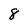
Character: 8